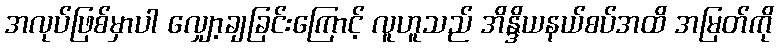
အလုပ်ဖြစ်မှာပါ လျှော့ချခြင်းကြောင့် လူဟူသည် အိန္ဒိယနယ်စပ်အထိ အမြတ်ကို